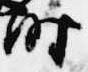
時